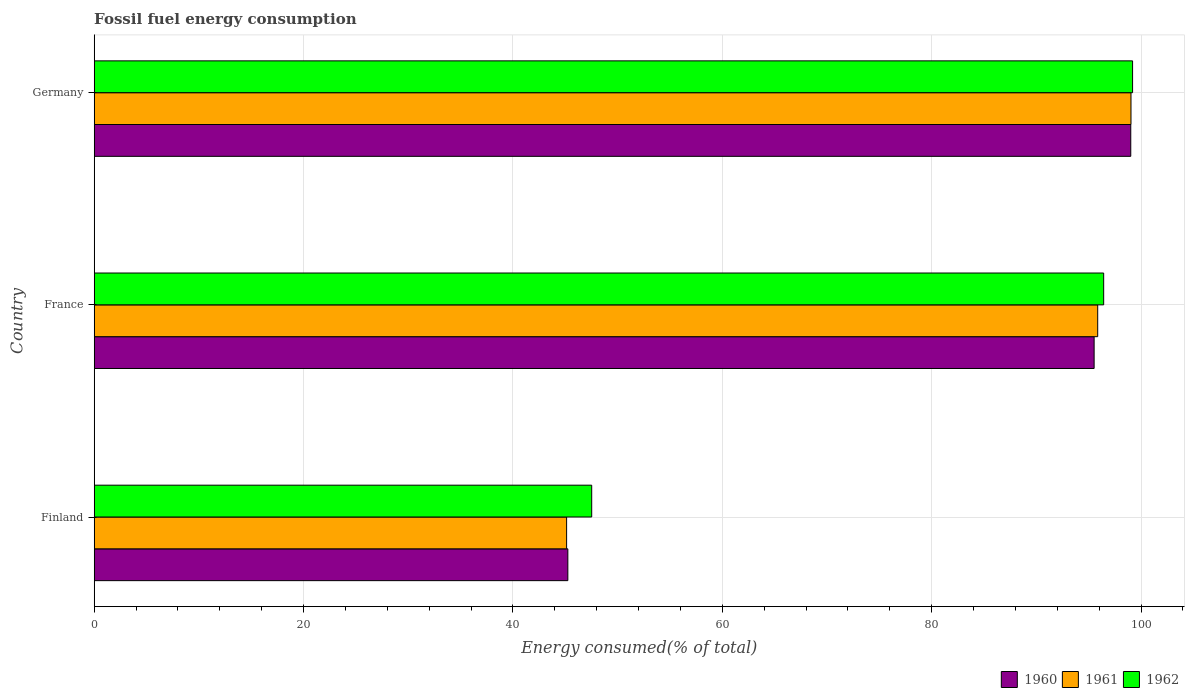
| Country | 1960 | 1961 | 1962 |
 | --- | --- | --- | --- |
 | Finland | 45.2 | 45.1 | 47.5 |
 | France | 95.5 | 95.9 | 96.4 |
 | Germany | 99 | 99 | 99.2 |